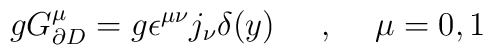
gG^{\mu}_{\partial D}=g\epsilon^{\mu \nu} j_\nu \delta (y)\makebox[.5in]{,} \mu=0,1